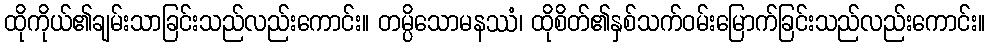
ထိုကိုယ်၏ချမ်းသာခြင်းသည်လည်းကောင်း။ တမ္ပိသောမနဿံ၊ ထိုစိတ်၏နှစ်သက်ဝမ်းမြောက်ခြင်းသည်လည်းကောင်း။